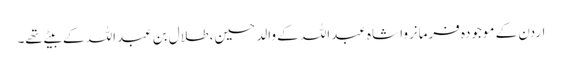
اردن کے موجودہ فرمانروا شاہ عبداللہ کے والد حسین، طلال بن عبداللہ کے بیٹے تھے۔